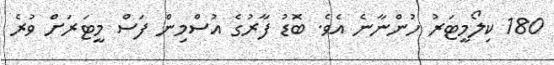
180 ކިލޯމީޓަރު ހުންނާނެ އެވެ. ބޮޑު ފާރުގެ އުސްމިން ފަސް މީޓަރަށް ވުރެ